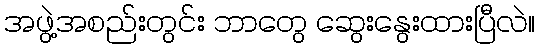
အဖွဲ့အစည်းတွင်း ဘာတွေ ဆွေးနွေးထားပြီလဲ။